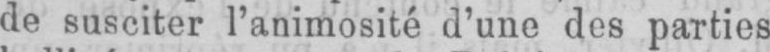
de susciter l’animosité d’une des parties